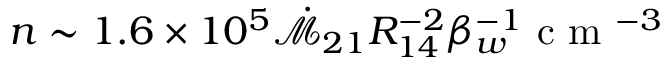
n \sim 1 . 6 \times 1 0 ^ { 5 } \dot { \mathcal { M } } _ { 2 1 } R _ { 1 4 } ^ { - 2 } \beta _ { w } ^ { - 1 } \mathrm { ~ c ~ m ~ } ^ { - 3 }